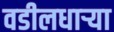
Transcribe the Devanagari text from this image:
वडीलधार्‍या